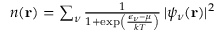
\begin{array} { r } { n ( \mathbf { r } ) = \sum _ { \nu } \frac { 1 } { 1 + \exp \left( \frac { \epsilon _ { \nu } - \mu } { k T } \right) } \, | \psi _ { \nu } ( \mathbf { r } ) | ^ { 2 } } \end{array}